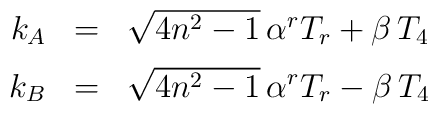
\begin{array}{rcl}k_A &=& \sqrt{4 n^2 -1} \, \alpha^r T_r + \beta \, T_4\\[2mm]k_B &=& \sqrt{4 n^2 -1} \, \alpha^r T_r - \beta \, T_4\end{array}